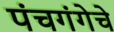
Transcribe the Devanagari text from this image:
पंचगंगेचे